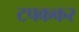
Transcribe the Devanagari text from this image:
टपककर